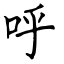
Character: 呼